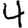
Digit: 4